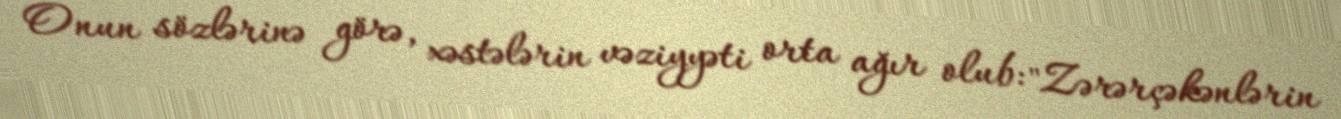
Onun sözlərinə görə, xəstələrin vəziyyəti orta ağır olub: "Zərərçəkənlərin